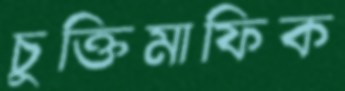
চুক্তিমাফিক